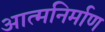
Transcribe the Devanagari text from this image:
आत्मनिर्माण